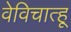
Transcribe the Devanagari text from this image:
वेविचात्हू